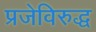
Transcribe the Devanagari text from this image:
प्रजेविरुद्ध